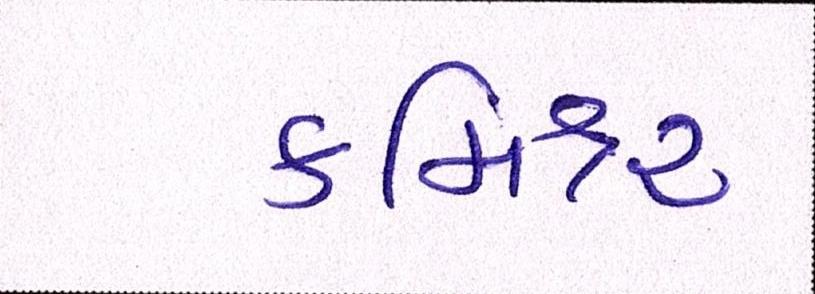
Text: કમિશ્નર